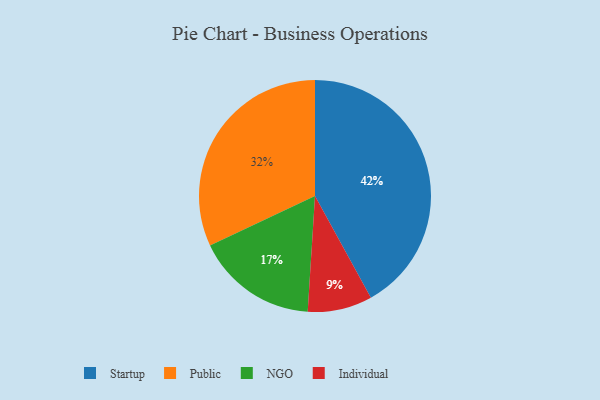
{"axis": {"x": "Category", "y": "Percentage"}, "legend": ["Individual", "NGO", "Public", "Startup"], "data": [{"x": "Individual", "y": 9, "type": "Individual"}, {"x": "Startup", "y": 42, "type": "Startup"}, {"x": "NGO", "y": 17, "type": "NGO"}, {"x": "Public", "y": 32, "type": "Public"}]}